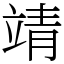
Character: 靖